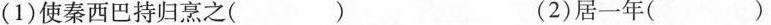
(1)使秦西巴持归烹之( ) (2)居一年( )